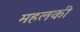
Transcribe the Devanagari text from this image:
महलकी